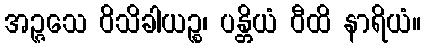
အဉ္ဇသေ ဝိသိခါယဉ္စ၊ ပန္တိယံ ဝီထိ နာရိယံ။